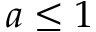
a \leq 1